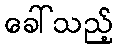
ခေါ်သည့်